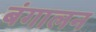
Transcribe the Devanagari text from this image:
बंगालन